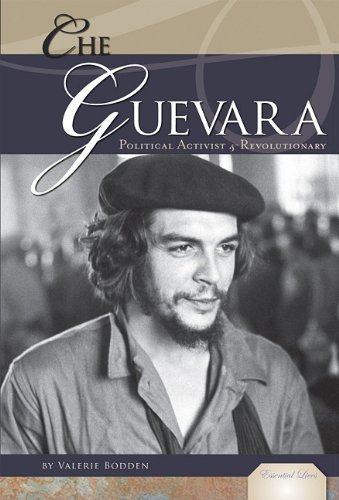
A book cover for Che Guevara: Political Activist & Revolutionary (Essential Lives); Valerie Bodden; Teen & Young Adult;